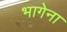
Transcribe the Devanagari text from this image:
भागेना